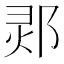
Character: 𲆔